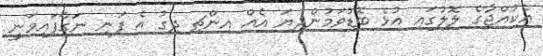
އެކުއްޖާގެ ލޮލުގައި އުޅެ ބޮޑުވަމުންދިޔަ އެއް އިންޗި ދިގު އެ ފަނި ނަގާފައިވަނީ